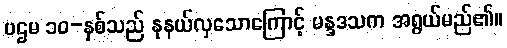
ပဌမ ၁၀-နှစ်သည် နုနယ်လှသောကြောင့် မန္ဒဒသက အရွယ်မည်၏။